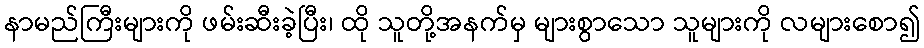
နာမည်ကြီးများကို ဖမ်းဆီးခဲ့ပြီး၊ ထို သူတို့အနက်မှ များစွာသော သူများကို လများစော၍